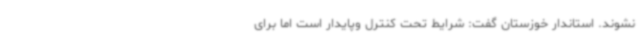
نشوند. استاندار خوزستان گفت: شرایط تحت کنترل وپایدار است اما برای